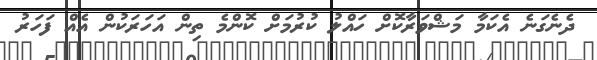
ދެނެގަނެ އެކަމާ މަޝްވަރާކޮށް ހައްލު ކުރުމަށް ކޮންމެ ތިން އަހަަރަކުން އެއް ފަހަރު